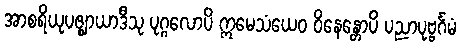
အာစရိယုပဇ္ဈာယာဒီသု ပုဂ္ဂလောပိ ဣမေသံယေဝ ဝိနေန္တောပိ ပညာပုဗ္ဗင်္ဂမံ